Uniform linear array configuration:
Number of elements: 64
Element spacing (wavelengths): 1
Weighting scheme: kaiser
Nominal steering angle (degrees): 45
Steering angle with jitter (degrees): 45.088
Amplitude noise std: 0.05
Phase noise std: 0.05

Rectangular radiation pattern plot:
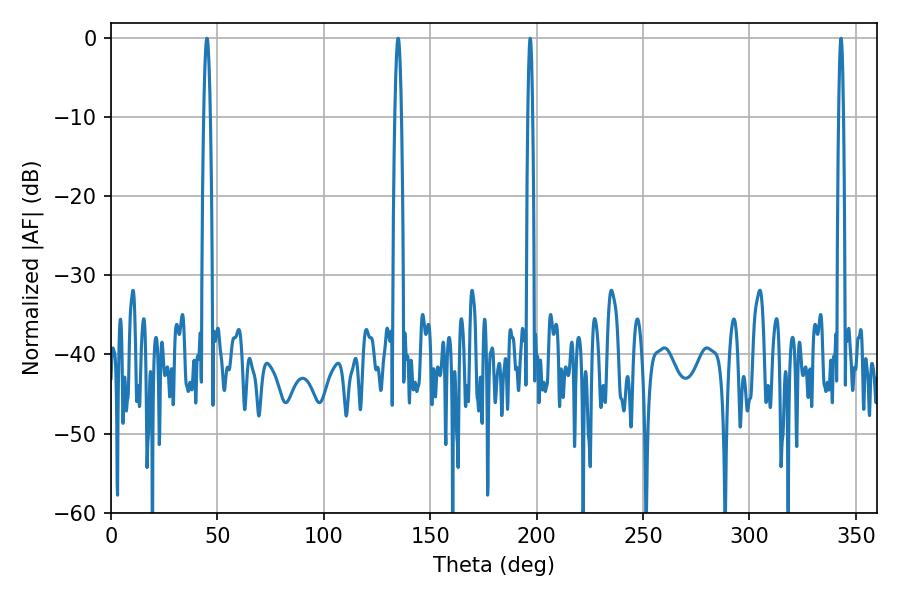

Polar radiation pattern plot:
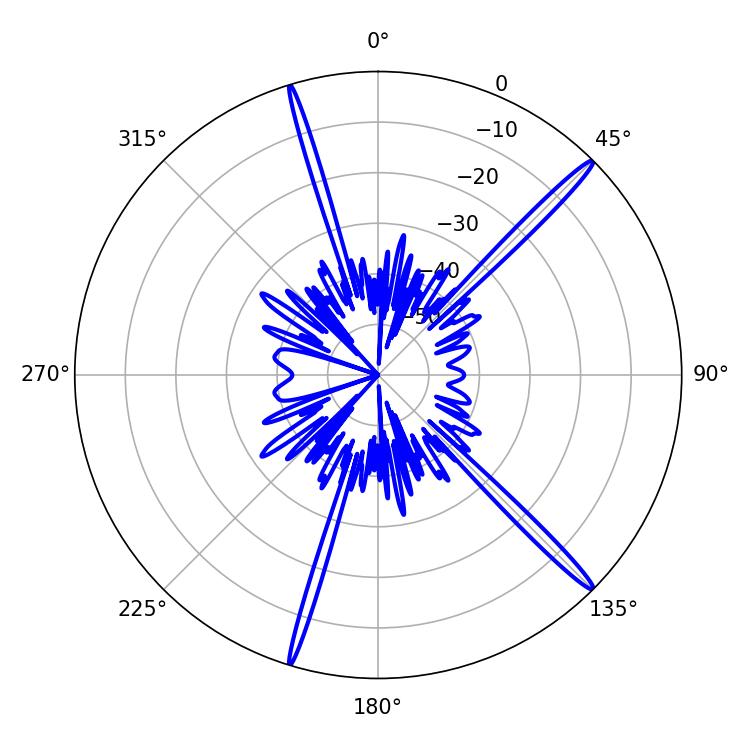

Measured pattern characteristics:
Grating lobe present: TRUE
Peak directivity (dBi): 17.889
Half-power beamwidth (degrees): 1.26
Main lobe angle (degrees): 196.92